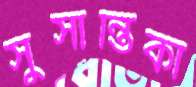
সুসান্তিকা